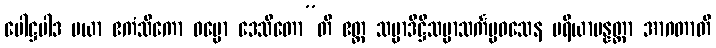
ပေါဋ္ဌပါဒ မယာ ဧကံသိကော ဓမ္မော ဒေသိတော”တိ ဧတ္ထ သမ္မာဒိဋ္ဌိသမ္မာသင်္ကပ္ပဝသေန ပရိယာပန္နတ္တာ အာဂတာတိ